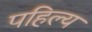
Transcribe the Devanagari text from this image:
पहिल्य